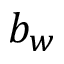
b _ { w }